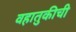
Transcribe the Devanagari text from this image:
वहातुकीची